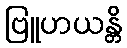
ဗြူဟယန္တိ